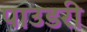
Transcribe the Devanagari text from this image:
पाउडरी